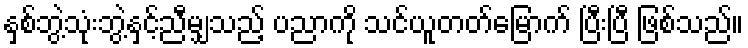
နှစ်ဘွဲ့သုံးဘွဲ့နှင့်ညီမျှသည့် ပညာကို သင်ယူတတ်မြောက် ပြီးပြီ ဖြစ်သည်။